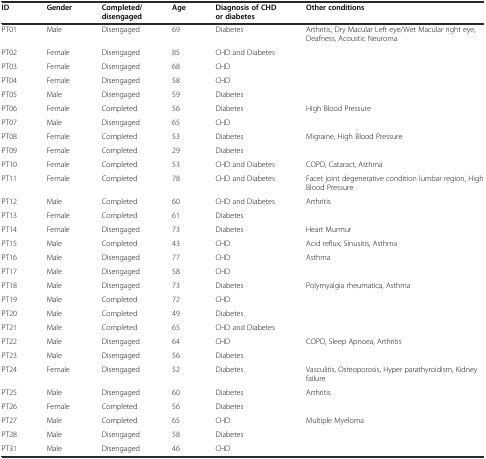
<table><thead><tr><td><b>ID</b></td><td><b>Gender</b></td><td><b>Completed/disengaged</b></td><td><b>Age</b></td><td><b>Diagnosis of CHD or diabetes</b></td><td><b>Other conditions</b></td></tr></thead><tbody><tr><td>PT01</td><td>Male</td><td>Disengaged</td><td>69</td><td>Diabetes</td><td>Arthritis, Dry Macular Left eye/Wet Macular right eye, Deafness, Acoustic Neuroma</td></tr><tr><td>PT02</td><td>Female</td><td>Disengaged</td><td>85</td><td>CHD and Diabetes</td><td>[EMPTY_CELL]</td></tr><tr><td>PT03</td><td>Female</td><td>Disengaged</td><td>68</td><td>CHD</td><td>[EMPTY_CELL]</td></tr><tr><td>PT04</td><td>Female</td><td>Disengaged</td><td>58</td><td>CHD</td><td>[EMPTY_CELL]</td></tr><tr><td>PT05</td><td>Male</td><td>Disengaged</td><td>59</td><td>Diabetes</td><td>[EMPTY_CELL]</td></tr><tr><td>PT06</td><td>Female</td><td>Completed</td><td>56</td><td>Diabetes</td><td>High Blood Pressure</td></tr><tr><td>PT07</td><td>Male</td><td>Disengaged</td><td>65</td><td>CHD</td><td>[EMPTY_CELL]</td></tr><tr><td>PT08</td><td>Female</td><td>Completed</td><td>53</td><td>Diabetes</td><td>Migraine, High Blood Pressure</td></tr><tr><td>PT09</td><td>Female</td><td>Completed</td><td>29</td><td>Diabetes</td><td>[EMPTY_CELL]</td></tr><tr><td>PT10</td><td>Female</td><td>Completed</td><td>53</td><td>CHD and Diabetes</td><td>COPD, Cataract, Asthma</td></tr><tr><td>PT11</td><td>Female</td><td>Completed</td><td>78</td><td>CHD and Diabetes</td><td>Facet joint degenerative condition lumbar region, High Blood Pressure</td></tr><tr><td>PT12</td><td>Male</td><td>Completed</td><td>60</td><td>CHD and Diabetes</td><td>Arthritis</td></tr><tr><td>PT13</td><td>Female</td><td>Completed</td><td>61</td><td>Diabetes</td><td>[EMPTY_CELL]</td></tr><tr><td>PT14</td><td>Female</td><td>Disengaged</td><td>73</td><td>Diabetes</td><td>Heart Murmur</td></tr><tr><td>PT15</td><td>Male</td><td>Completed</td><td>43</td><td>CHD</td><td>Acid reflux, Sinusitis, Asthma</td></tr><tr><td>PT16</td><td>Male</td><td>Disengaged</td><td>77</td><td>CHD</td><td>Asthma</td></tr><tr><td>PT17</td><td>Male</td><td>Disengaged</td><td>58</td><td>CHD</td><td>[EMPTY_CELL]</td></tr><tr><td>PT18</td><td>Male</td><td>Disengaged</td><td>73</td><td>Diabetes</td><td>Polymyalgia rheumatica, Asthma</td></tr><tr><td>PT19</td><td>Male</td><td>Completed</td><td>72</td><td>CHD</td><td>[EMPTY_CELL]</td></tr><tr><td>PT20</td><td>Male</td><td>Completed</td><td>49</td><td>Diabetes</td><td>[EMPTY_CELL]</td></tr><tr><td>PT21</td><td>Male</td><td>Completed</td><td>65</td><td>CHD and Diabetes</td><td>[EMPTY_CELL]</td></tr><tr><td>PT22</td><td>Male</td><td>Disengaged</td><td>64</td><td>CHD</td><td>COPD, Sleep Apnoea, Arthritis</td></tr><tr><td>PT23</td><td>Male</td><td>Disengaged</td><td>56</td><td>Diabetes</td><td>[EMPTY_CELL]</td></tr><tr><td>PT24</td><td>Female</td><td>Disengaged</td><td>52</td><td>Diabetes</td><td>Vasculitis, Osteoporosis, Hyper parathyroidism, Kidney failure</td></tr><tr><td>PT25</td><td>Male</td><td>Disengaged</td><td>60</td><td>Diabetes</td><td>Arthritis</td></tr><tr><td>PT26</td><td>Female</td><td>Completed</td><td>56</td><td>Diabetes</td><td>[EMPTY_CELL]</td></tr><tr><td>PT27</td><td>Male</td><td>Completed</td><td>65</td><td>CHD</td><td>Multiple Myeloma</td></tr><tr><td>PT28</td><td>Male</td><td>Disengaged</td><td>58</td><td>Diabetes</td><td>[EMPTY_CELL]</td></tr><tr><td>PT31</td><td>Male</td><td>Disengaged</td><td>46</td><td>CHD</td><td>[EMPTY_CELL]</td></tr></tbody></table>